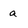
Character: a